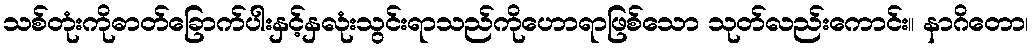
သစ်တုံးကိုဓာတ်ခြောက်ပါးနှင့်နှလုံးသွင်းရာသည်ကိုဟောရာဖြစ်သော သုတ်လည်းကောင်း။ နာဂိတော၊